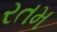
રતમ